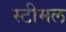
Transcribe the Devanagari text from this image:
स्टीमल